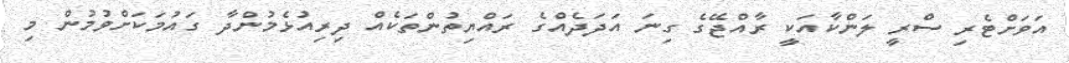
އަވަށްޓެރި ސްރީ ލަންކާއަކީ ރާއްޖޭގެ ގިނަ އަދަދެއްގެ ރައްޔިތުންތަކެއް ދިރިއުޅެމުންދާ ގައުމަކަށްވުމުން މި